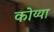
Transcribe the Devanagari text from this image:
कोय्या